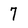
Character: 7